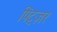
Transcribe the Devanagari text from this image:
पिट्ज़र